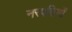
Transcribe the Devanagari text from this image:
नरपतियों